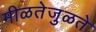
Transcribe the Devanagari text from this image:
मीळतेजुळते